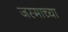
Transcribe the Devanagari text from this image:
जस्माच्या